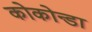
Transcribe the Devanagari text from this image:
कोकोन्डा